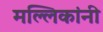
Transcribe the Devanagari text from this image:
मल्लिकांनी